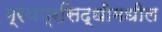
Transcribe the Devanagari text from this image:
ग्रंथप्रसिद्धीमधील